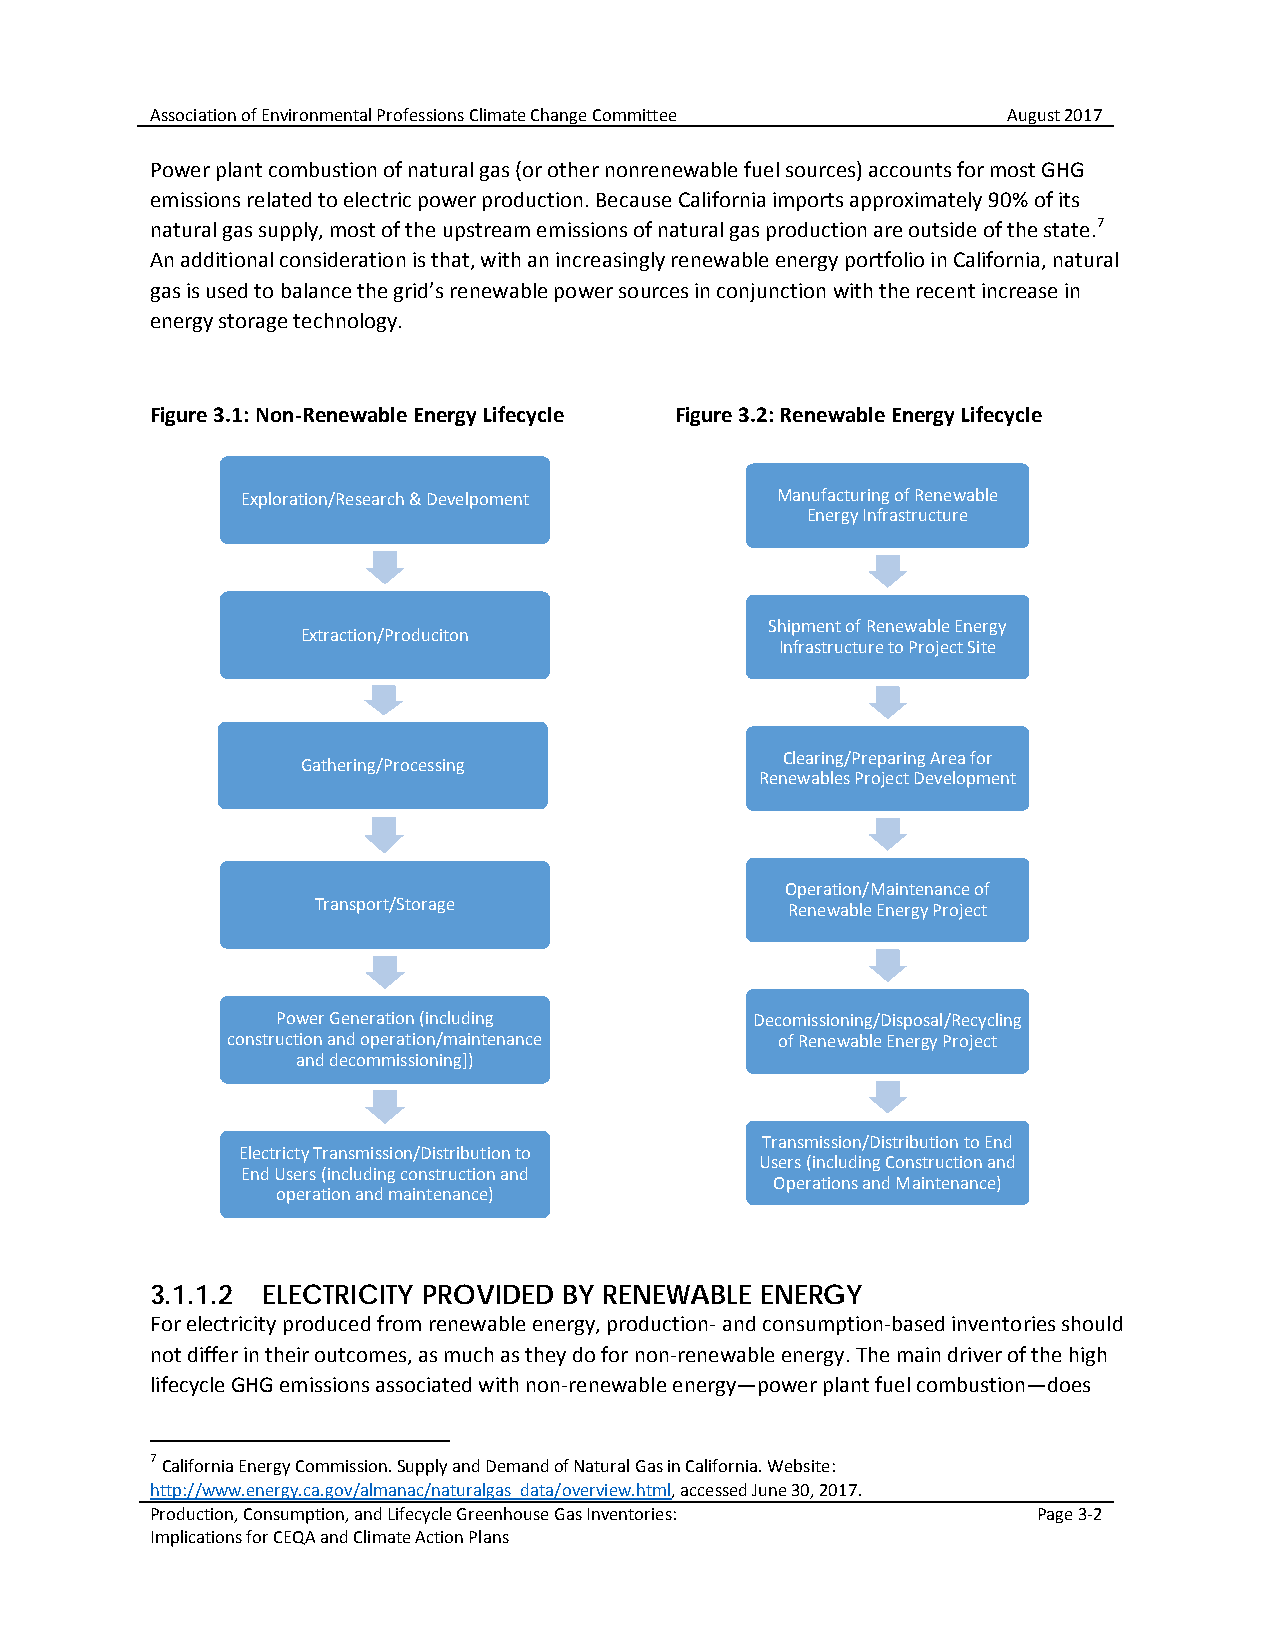
Association of Environmental Professions Climate Change Committee August 2017
 Power plant combustion of natural gas (or other nonrenewable fuel sources) accounts for most GHG
 emissions related to electric power production. Because California imports approximately 90% of its
 natural gas supply, most of the upstream emissions of natural gas production are outside of the state.7
 An additional consideration is that, with an increasingly renewable energy portfolio in California, natural
 gas is used to balance the grid’s renewable power sources in conjunction with the recent increase in
 energy storage technology.
 Figure 3.1: Non-Renewable Energy Lifecycle Figure 3.2: Renewable Energy Lifecycle
 Exploration/Research & Develpoment Manufacturing of Renewable
 Energy Infrastructure
 Shipment of Renewable Energy
 Extraction/Produciton
 Infrastructure to Project Site
 Clearing/Preparing Area for
 Gathering/Processing
 Renewables Project Development
 Operation/Maintenance of
 Transport/Storage              Renewable Energy Project
 Power Generation (including     Decomissioning/Disposal/Recycling
 construction and operation/maintenance of Renewable Energy Project
 and decommissioning])
 Transmission/Distribution to End
 Electricty Transmission/Distribution to
 Users (including Construction and
 End Users (including construction and
 Operations and Maintenance)
 operation and maintenance)
 3.1.1.2 ELECTRICITY PROVIDED BY RENEWABLE ENERGY
 For electricity produced from renewable energy, production- and consumption-based inventories should
 not differ in their outcomes, as much as they do for non-renewable energy. The main driver of the high
 lifecycle GHG emissions associated with non-renewable energy—power plant fuel combustion—does
 7
 California Energy Commission. Supply and Demand of Natural Gas in California. Website:
 http://www.energy.ca.gov/almanac/naturalgas_data/overview.html, accessed June 30, 2017.
 Production, Consumption, and Lifecycle Greenhouse Gas Inventories: Page 3-2
 Implications for CEQA and Climate Action Plans